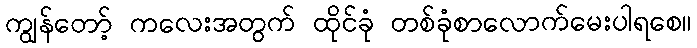
ကျွန်တော့် ကလေးအတွက် ထိုင်ခုံ တစ်ခုံစာလောက်မေးပါရစေ။